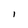
Character: 1